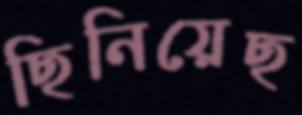
ছিনিয়েছ